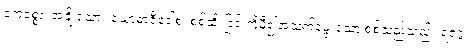
ဧကစ္စော၊ အချို့သော။ ယောဓာဇီဝေါစ၊ စစ်ထိုးခြင်းကိုမှီ၍အသက်မွေးသော စစ်သည်သည်။ ရဇဂ္ဂံ၊